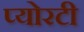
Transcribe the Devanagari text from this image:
प्योरटी